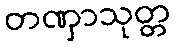
တဏှာသုတ္တ